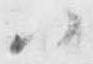
御